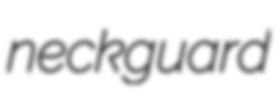
neckguard